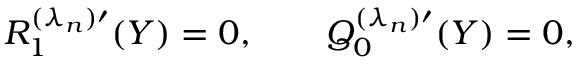
R _ { 1 } ^ { ( \lambda _ { n } ) \prime } ( Y ) = 0 , \qquad Q _ { 0 } ^ { ( \lambda _ { n } ) \prime } ( Y ) = 0 ,